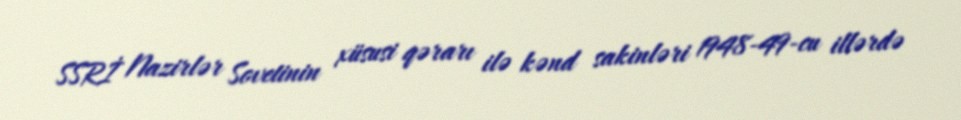
SSRİ Nazirlər Sovetinin xüsusi qərarı ilə kənd sakinləri 1948-49-cu illərdə